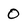
Character: 0